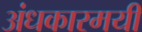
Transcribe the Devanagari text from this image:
अंधकारमयी